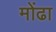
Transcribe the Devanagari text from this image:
मोंढा